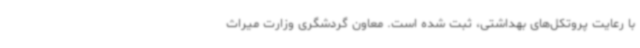
با رعایت پروتکل‌های بهداشتی، ثبت شده است. معاون گردشگری وزارت میراث